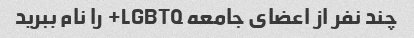
چند نفر از اعضای جامعه LGBTQ+ را نام ببرید